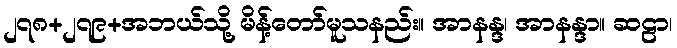
၂၇၈+၂၇၉+အဘယ်သို့ မိန့်တော်မူသနည်း။ အာနန္ဒ၊ အာနန္ဒာ။ ဆဠာ၊